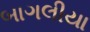
બાગલીયા